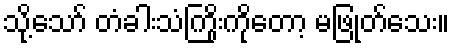
သို့သော် တံခါးသံကြိုးကိုတော့ မဖြုတ်သေး။